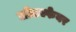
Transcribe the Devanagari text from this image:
लोटस्फेयर